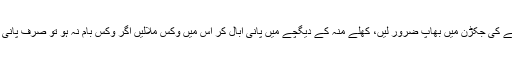
نزلہ ، زکام ، سینے کی جکڑن میں بھاپ ضرور لیں، کھلے منہ کے دیگچے میں پانی ابال کر اس میں وکس ملالیں اگر وکس بام نہ ہو تو صرف پانی کی بھاپ لے لیں۔